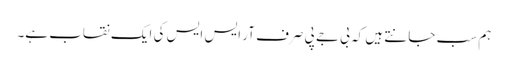
ہم سب جانتے ہیں کہ بی جے پی صرف آر ایس ایس کی ایک نقاب ہے۔